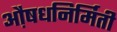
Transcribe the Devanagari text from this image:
औ़़षधनिर्मिती